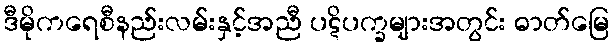
ဒီမိုကရေစီနည်းလမ်းနှင့်အညီ ပဋိပက္ခများအတွင်း ဓာတ်မြေ